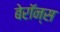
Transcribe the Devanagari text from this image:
बेरॉन्स